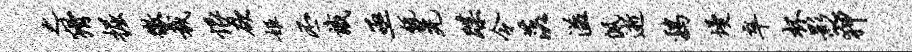
之猾掘徼裁恨欲姬丕识亟瓴晃蹀令落溢佩逝鸡墁卒杯影~狎